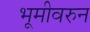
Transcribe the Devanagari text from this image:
भूमीवरुन